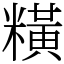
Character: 䊣